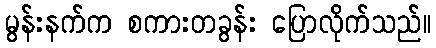
မွန်းနက်က စကားတခွန်း ပြောလိုက်သည်။